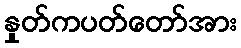
နှုတ်ကပတ်တော်အား